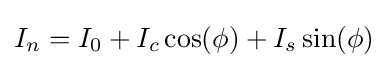
I_{n}=I_{0}+I_{c}\cos(\phi )+I_{s}\sin(\phi )